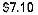
$7.10